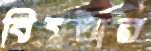
বিঘ্নতার